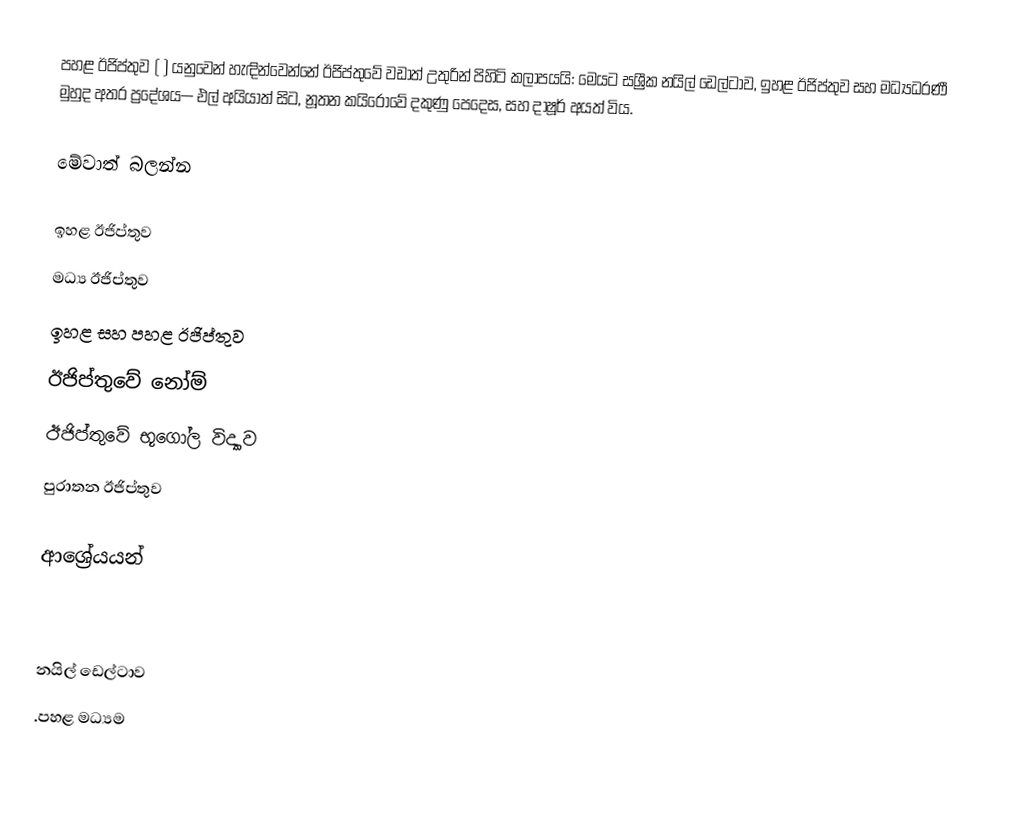
පහළ ඊජිප්තුව ( ) යනුවෙන් හැඳින්වෙන්නේ ඊජිප්තුවේ වඩාත් උතුරින් පිහිටි කලාපයයි:  මෙයට සශ්‍රීක නයිල් ඩෙල්ටාව, ඉහළ ඊජිප්තුව සහ මධ්‍යධරණී මුහුද අතර ප්‍රදේශය— එල් අයියාත් සිට, නූතන කයිරෝවේ දකුණු පෙදෙස, සහ දාෂූර් අයත් විය.

මේවාත් බලන්න

ඉහළ ඊජිප්තුව
මධ්‍ය ඊජිප්තුව
ඉහළ සහ පහළ ඊජිප්තුව
ඊජිප්තුවේ නෝම්
ඊජිප්තුවේ භූගෝල විද්‍යාව
පුරාතන ඊජිප්තුව

ආශ්‍රේයයන්

නයිල් ඩෙල්ටාව
.පහළ මධ්‍යම